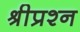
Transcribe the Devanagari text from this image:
श्रीप्रश्न